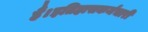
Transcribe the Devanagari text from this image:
हैं।इतिहासकर्मचारी